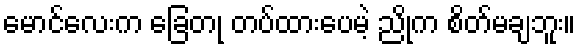
မောင်လေးက ခြေတု တပ်ထားပေမဲ့ ညိုက စိတ်မချဘူး။